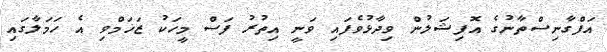
އަފްގާނިސްތާނުގެ އޮފިޝަލުން ވިދާޅުވެފައި ވަނީ އިތުރު ފަސް މީހަކު ޒަޚަމްވި އެ ހަމަލާގައި